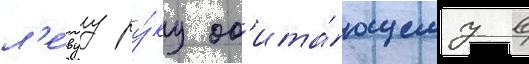
л'е́вуу ру́ку об'ита́ющему в